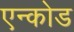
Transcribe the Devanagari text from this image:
एन्कोड